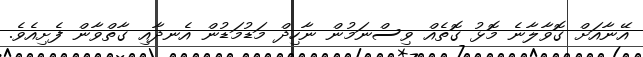
އޭނާއަށް ގޮވާލާނެ މޮޅު ގޮތެއް ވިސްނަމުން ނާހިދް މަޑުމަޑުން އެނދާއި ގާތްވާން ފެށިއެވެ.